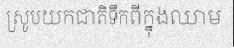
ស្រូបយកជាតិទឹកពីក្នុងឈាម